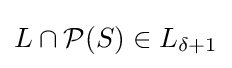
L\cap {\mathcal {P}}(S)\in L_{\delta +1}